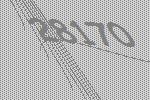
28170